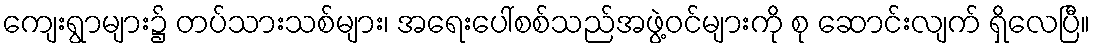
ကျေးရွာများ၌ တပ်သားသစ်များ၊ အရေးပေါ်စစ်သည်အဖွဲ့ဝင်များကို စု ဆောင်းလျက် ရှိလေပြီ။